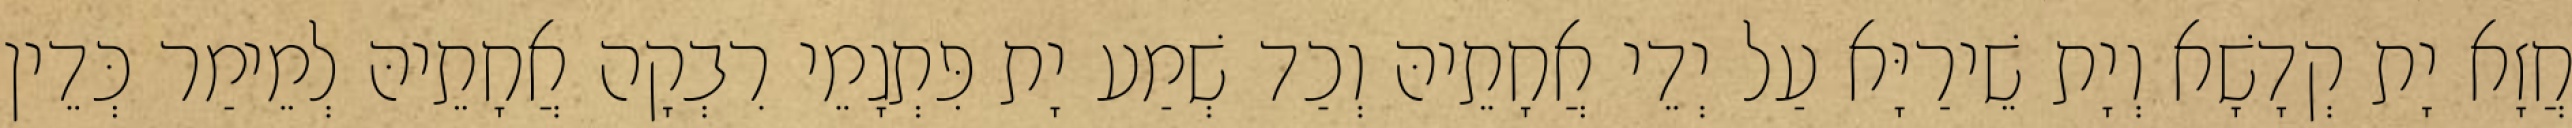
חֲזָא יָת קְדָשָׁא וְיָת שֵׁירַיָּא עַל יְדֵי אֲחָתֵיהּ וְכַד שְׁמַע יָת פִּתְגָמֵי רִבְקָה אֲחָתֵיהּ לְמֵימַר כְּדֵין